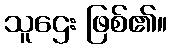
သူဌေး ဖြစ်၏။